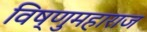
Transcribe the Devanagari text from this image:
विष्णुमहाराज